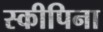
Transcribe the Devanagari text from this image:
स्कीपिना